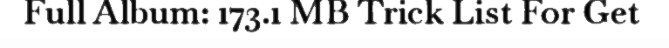
Full Album: 173.1 MB Trick List For Get